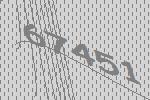
67451